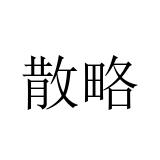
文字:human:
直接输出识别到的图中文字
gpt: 散略